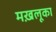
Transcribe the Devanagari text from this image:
मख़लूका